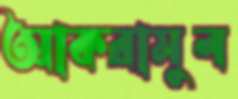
আকরামুল